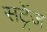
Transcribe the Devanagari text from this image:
सट्रेंज